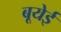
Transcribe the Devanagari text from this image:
बूयेई